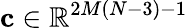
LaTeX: \mathbf{c}\in\mathbb{R}^{2M(N-3)-1}